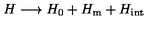
H \longrightarrow H _ { 0 } + H _ { \mathrm { m } } + H _ { \mathrm { i n t } }